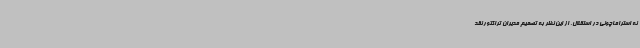
نه استراماچونی در استقلال. از این نظر به تصمیم مدیران تراکتور نقد